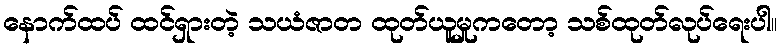
နောက်ထပ် ထင်ရှားတဲ့ သယံဇာတ ထုတ်ယူမှုကတော့ သစ်ထုတ်လုပ်ရေးပါ။